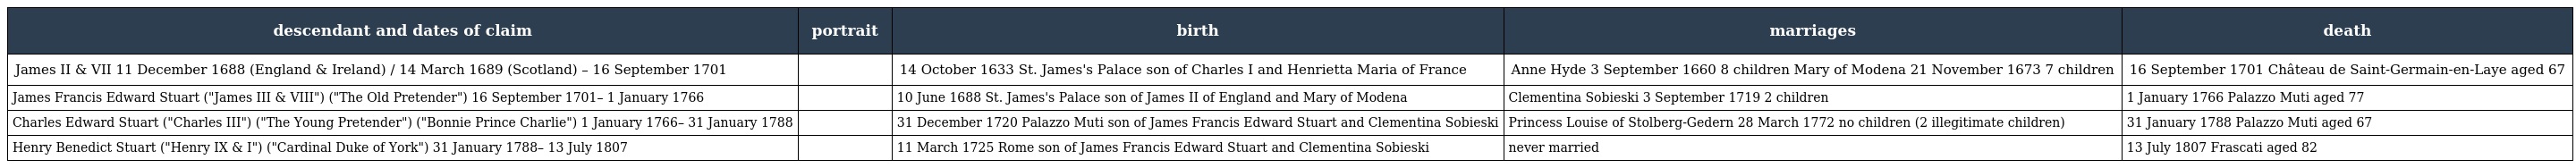
| descendant and dates of claim | portrait | birth | marriages | death |
 | --- | --- | --- | --- | --- |
 | James II & VII 11 December 1688 (England & Ireland) / 14 March 1689 (Scotland) – 16 September 1701 |  | 14 October 1633 St. James's Palace son of Charles I and Henrietta Maria of France | Anne Hyde 3 September 1660 8 children Mary of Modena 21 November 1673 7 children | 16 September 1701 Château de Saint-Germain-en-Laye aged 67 |
 | James Francis Edward Stuart ("James III & VIII") ("The Old Pretender") 16 September 1701– 1 January 1766 |  | 10 June 1688 St. James's Palace son of James II of England and Mary of Modena | Clementina Sobieski 3 September 1719 2 children | 1 January 1766 Palazzo Muti aged 77 |
 | Charles Edward Stuart ("Charles III") ("The Young Pretender") ("Bonnie Prince Charlie") 1 January 1766– 31 January 1788 |  | 31 December 1720 Palazzo Muti son of James Francis Edward Stuart and Clementina Sobieski | Princess Louise of Stolberg-Gedern 28 March 1772 no children (2 illegitimate children) | 31 January 1788 Palazzo Muti aged 67 |
 | Henry Benedict Stuart ("Henry IX & I") ("Cardinal Duke of York") 31 January 1788– 13 July 1807 |  | 11 March 1725 Rome son of James Francis Edward Stuart and Clementina Sobieski | never married | 13 July 1807 Frascati aged 82 |